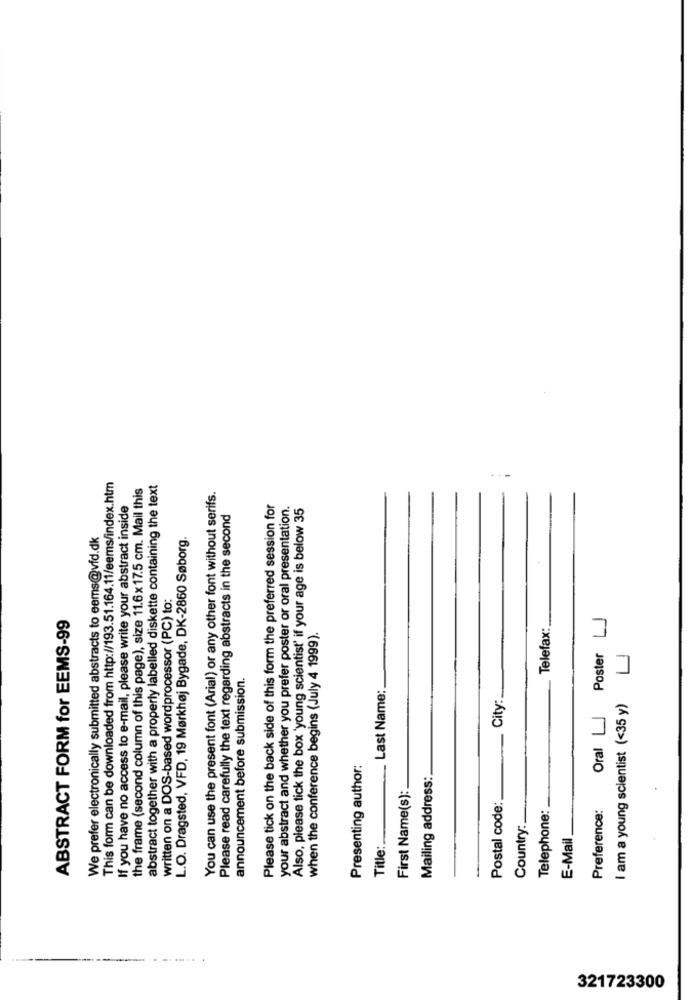
This form can be downloaded from http://193.51.164.11/eems/index.htm
the frame (second column of this page), size 11.6x17.5 cm. Mail this
abstract together with a properly labelled diskette containing the text
You can use the present font (Arial) or any other font without serifs.
If you have no access to e-mail, please write your abstract inside
Please tick on the back side of this form the preferred session for
your abstract and whether you prefer poster or oral presentation.
Also, please tick the box 'young scientist' if your age is below 35
Please read carefully the text regarding abstracts in the second
We prefer electronically submitted abstracts to eems@vid.dk
L.O. Dragsted, VFD, 19 Mørkhøj Bygade, DK-2860 Søborg.
written on a DOS-based wordprocessor (PC) to:
Oral [] Poster LJ
ABSTRACT FORM for EEMS-99
Telefax:
when the conference begins (July 4 1999).
announcement before submission.
Last Name:
I am a young scientist (<35 y)
City:
Presenting author:
Mailing address:
First Name(s):
Postal code:
Telephone:
Preference:
Country:
E-Mail
Title:
321723300